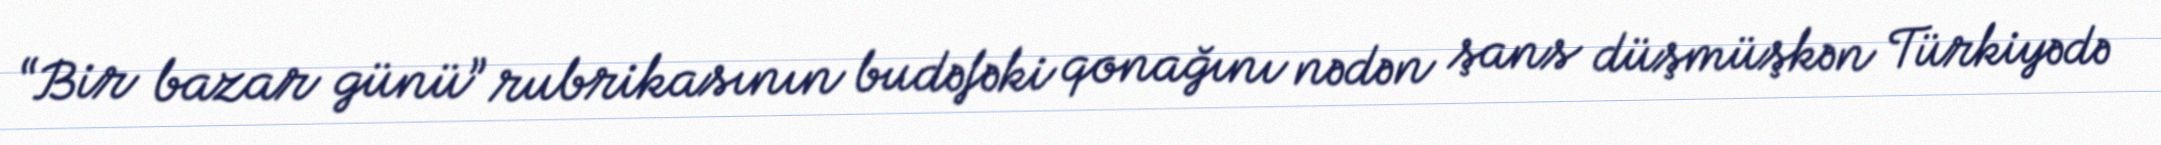
“Bir bazar günü” rubrikasının budəfəki qonağını nədən şans düşmüşkən Türkiyədə